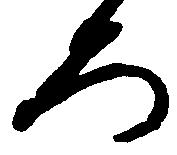
ろ